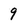
Character: 9